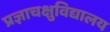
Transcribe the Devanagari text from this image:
प्रज्ञाचक्षुविद्यालय